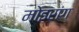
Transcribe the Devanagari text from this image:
मोइरांग